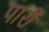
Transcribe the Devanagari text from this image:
पारीं